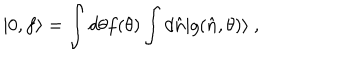
| 0 , f \rangle = \int d \theta f ( \theta ) \int d \hat { n } | g ( \hat { n } , \theta ) \rangle ~ ,